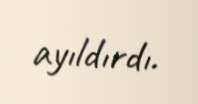
ayıldırdı.